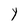
Character: Y